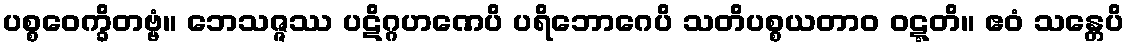
ပစ္စဝေက္ခိတဗ္ဗံ။ ဘေသဇ္ဇဿ ပဋိဂ္ဂဟဏေပိ ပရိဘောဂေပိ သတိပစ္စယတာဝ ဝဋ္ဋတိ။ ဧဝံ သန္တေပိ